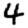
Digit: 4